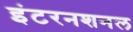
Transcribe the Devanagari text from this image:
इंटरनशनल